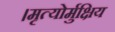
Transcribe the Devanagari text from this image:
।मृत्योर्मुक्षिय